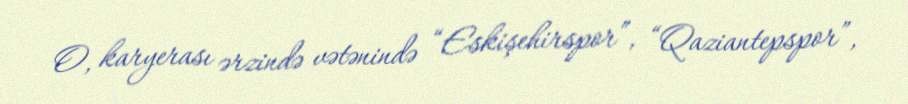
O, karyerası ərzində vətənində “Eskişehirspor”, “Qaziantepspor”,